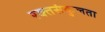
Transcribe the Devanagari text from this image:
रक्तसंकुलता